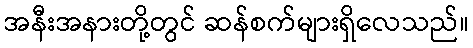
အနီးအနားတို့တွင် ဆန်စက်များရှိလေသည်။